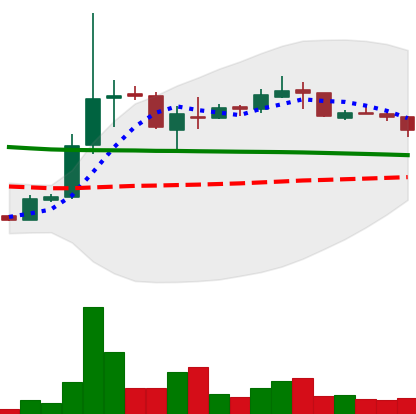
Ticker: XRP-USD
Chart end date: 2018-10-06
Forward return: -21.503%
Label: down_7plus